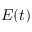
E ( t )